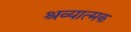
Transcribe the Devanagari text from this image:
श्रव्यात्मक